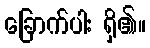
ခြောက်ပါး ရှိ၏။